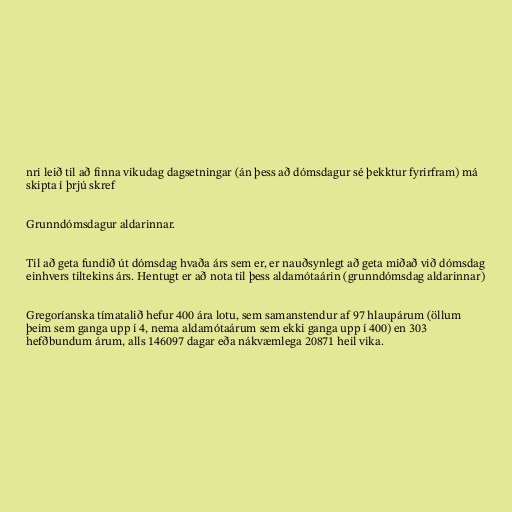
nri leið til að finna vikudag dagsetningar (án þess að dómsdagur sé þekktur fyrirfram) má
skipta í þrjú skref

Grunndómsdagur aldarinnar.

Til að geta fundið út dómsdag hvaða árs sem er, er nauðsynlegt að geta miðað við dómsdag
einhvers tiltekins árs. Hentugt er að nota til þess aldamótaárin (grunndómsdag aldarinnar)

Gregoríanska tímatalið hefur 400 ára lotu, sem samanstendur af 97 hlaupárum (öllum
þeim sem ganga upp í 4, nema aldamótaárum sem ekki ganga upp í 400) en 303
hefðbundum árum, alls 146097 dagar eða nákvæmlega 20871 heil vika.